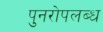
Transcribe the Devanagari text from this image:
पुनरोपलब्ध